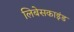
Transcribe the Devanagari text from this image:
लिबेसकाइंड